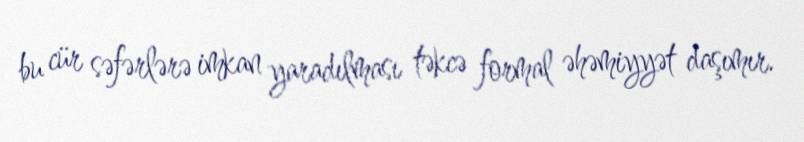
bu cür səfərlərə imkan yaradılması təkcə formal əhəmiyyət daşımır.